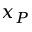
x _ { P }